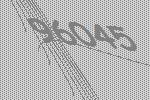
96045